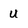
Character: U